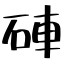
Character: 硨